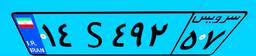
۱۴S۴۹۲۵۷